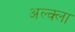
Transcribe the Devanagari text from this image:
अल्क्ला